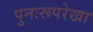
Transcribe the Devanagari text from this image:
पुनःरूपरेखा